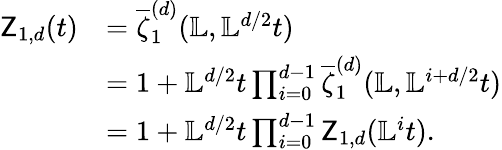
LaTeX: \begin{array}{rl}{\mathsf Z_{1,d}(t)}&{=\overline{\zeta}_{1}^{(d)}({\mathbb{L}},{\mathbb{L}}^{d/2}t)}\\ &{=1+{\mathbb{L}}^{d/2}t\prod_{i=0}^{d-1}\overline{\zeta}_{1}^{(d)}({\mathbb{L}},{\mathbb{L}}^{i+d/2}t)}\\ &{=1+{\mathbb{L}}^{d/2}t\prod_{i=0}^{d-1}\mathsf Z_{1,d}({\mathbb{L}}^{i}t).}\end{array}